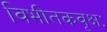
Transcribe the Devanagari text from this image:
विभीतकवृक्षः